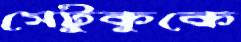
সেটুকুকে